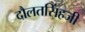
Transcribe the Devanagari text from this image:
दौलतसिंहजी